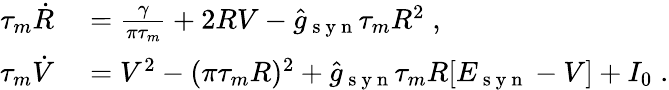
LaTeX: \begin{array}{rl}{\tau_{m}\dot{R}}&{{}=\frac{\gamma}{\pi\tau_{m}}+2RV-\hat{g}_{\mathrm{~s~y~n~}}\tau_{m}R^{2}\; ,}\\ {\tau_{m}\dot{V}}&{{}=V^{2}-(\pi\tau_{m}R)^{2}+\hat{g}_{\mathrm{~s~y~n~}}\tau_{m}R[E_{\mathrm{~s~y~n~}}-V]+I_{0}\; .}\end{array}